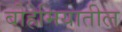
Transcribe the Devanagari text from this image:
बोहेमियातील